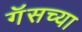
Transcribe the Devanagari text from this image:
गॅसच्या